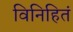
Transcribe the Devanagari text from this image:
विनिहितं